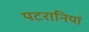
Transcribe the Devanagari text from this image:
पटरानियां